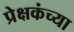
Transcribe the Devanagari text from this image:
प्रेक्षकंच्या